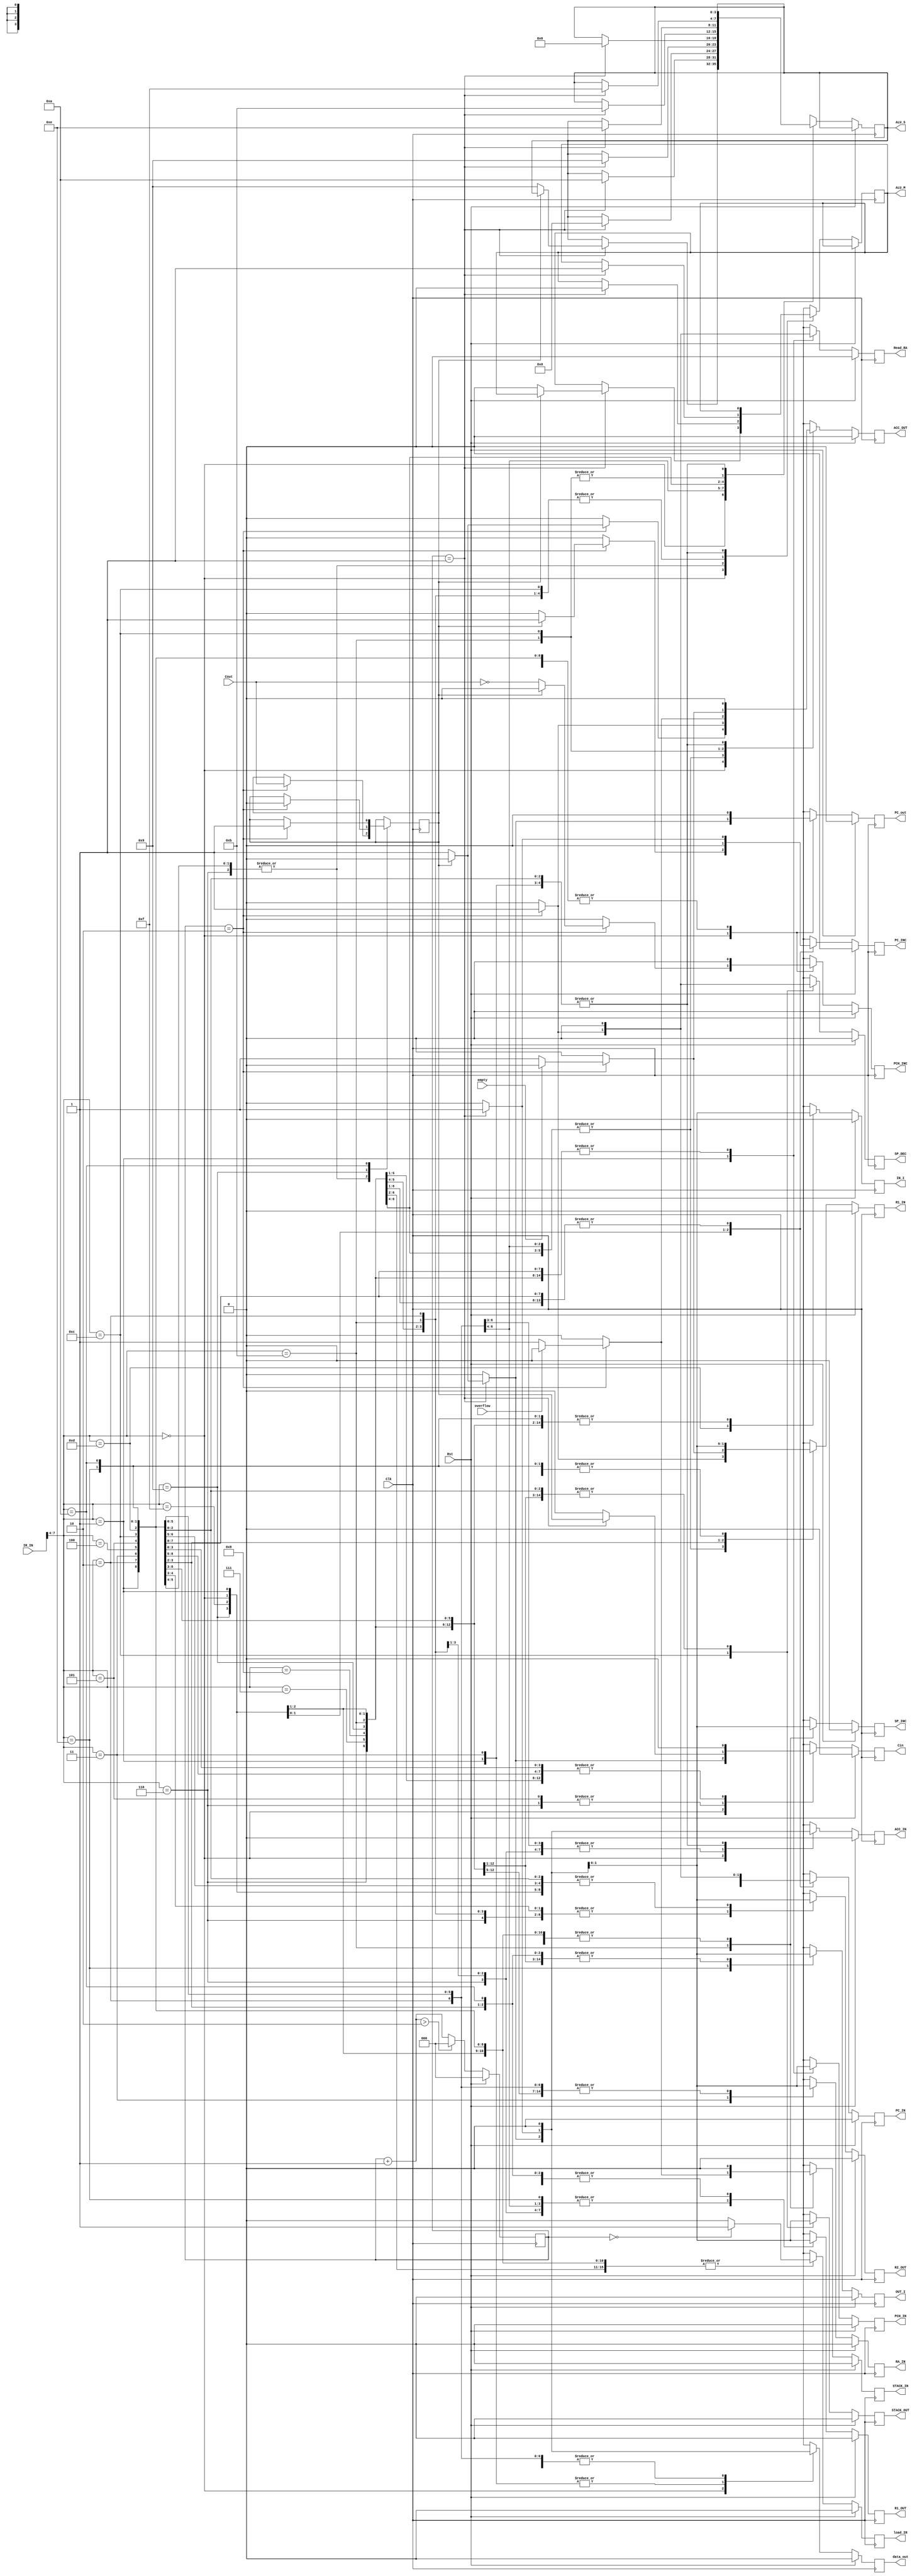
module CONTROL 
(
Clk,
Rst,
IR_IN,

ALU_S,		//Used for ALU Control
ALU_M,		//Used for ALU Control

load_IR,  //strobe to load into IR
data_out, //strobe for data to be outputted from SRAM
PC_out,   //strobe for output of Program Counter
//ADD_I,      //strobe telling ALU to add


ACC_OUT,  //strobe to move data to
PC_IN,    //strobe for Program counter in, lower bits
PCH_INC,  //strobe telling program counter to increment
Cout,     //value of Cout from ALU
Cin,		  //To Cin of ALU

PCH_IN,   //strobe for writing into higher bits of PC
Read_RA,     //strobe for reading sram to bus


ACC_IN,   //strobe for accumulator input
R1_IN,    //strobe for R1 in
RA_IN,    //strobe for reading into RA
//B_TO_ACC, //strobe for moving B to accumulator

R1_OUT,   //strobe for R1 out
//INC_I,      //strobe for doing INC in ALU

R2_OUT,   //strobe for R2 out
//AND_I,    //strobe for doing AND in ALU
//AND_I,    //strobe for doing AND in ALU

//SUB_I,      //strobe for doing SUB in ALU


//A_TO_ACC, //strobe to move A to accum

SP_INC,   //strobe for increment stackpointer
SP_DEC,   //strobe for decrement stackpointer
STACK_IN, //strobe for stack input

STACK_OUT,//strobe for stack output

IN_I,       //strobe for IN
OUT_I,      //strobe for OUT

PC_INC,  //strobe for increment the PC

overflow,
empty    //inputs for stack's status

);
  
  // parameters for the OPCODES
  parameter JC = 0;
  parameter JMP = 1;
  parameter MOV = 2;
  parameter MVI = 3;
  parameter INC = 4;
  parameter ADD = 5;
  parameter SUB = 6;
  parameter AND = 7;
  parameter OR  = 8;
  parameter SC  = 9;
  parameter CC  = 10;
  parameter PUSH = 11;
  parameter POP = 12;
  parameter IN  = 13;
  parameter OUT = 14;
  parameter NOP = 15;


  //regs
  reg CY = 1;
    
  // inputs & outputs
  
  input Clk, Rst;
  input [7:0] IR_IN;
  reg [2:0] step_counter = 0;
  input Cout;
  input overflow,empty;
  
  output reg [3:0] ALU_S;
  
  output reg load_IR,data_out,PC_out,ACC_OUT,PC_IN,PCH_INC,PCH_IN,Read_RA,ACC_IN,
          R1_IN,RA_IN,R1_OUT,R2_OUT,SP_INC,SP_DEC,
          STACK_IN,STACK_OUT,IN_I,OUT_I,PC_INC,Cin,ALU_M;
  
  
  always@(posedge Clk)begin
    
    // zero everything
    load_IR=0;
    data_out=0;
    PC_out=0;
    //ADD_I=0;
    ACC_OUT=0;
    PC_IN=0;
    PCH_INC=0;
    PCH_IN=0;
    Read_RA=0;
    ACC_IN=0;
    R1_IN=0;
    RA_IN=0;
    //B_TO_ACC=0;
    R1_OUT=0;
    //INC_I=0;
    R2_OUT=0;
    //SUB_I=0;
    //A_TO_ACC=0;
    SP_INC=0;
    SP_DEC=0;   
    STACK_IN=0;
    STACK_OUT=0;
    IN_I=0;
    OUT_I=0;
    PC_INC=0;
    //AND_I=0;
    Cin = 0;
    
    if(Rst==1)begin
      step_counter =0;
    end
    else begin
      
    case(IR_IN[7:4])
      JC: begin //Carry might want to be set to HIGH to prevent an addition of 1
        case(step_counter)
          0:load_IR = 1;
          1:begin
            if(CY == 0) begin
              data_out =1;
              PC_out = 1;
              //ADD_I <=1;
              //ADD ALU
              ALU_S = 4'b1001;
              ALU_M = 0;
              ACC_IN =1;
              Cin=1;
            end
          end
          2:begin
            if(CY == 0) begin
              ACC_OUT=1;
              PC_IN=1;
              PCH_INC=~Cout;
            end
            else PC_INC=1;
          end
        endcase
      end    
      JMP:begin
        case(step_counter)
          0:load_IR =1;
          1:begin
            data_out=1;
            PCH_IN=1;
          end
          2:begin
            Read_RA=1;
            PC_IN=1;
          end
        endcase
      end
      MOV:begin
        case(step_counter)
          0:load_IR=1;
          1:begin
            PC_INC=1;
            ACC_IN=1;
            R2_OUT=1;
            //B_TO_ACC<=1; 
            //B = F in ALU
            ALU_S = 4'b1010;
            R1_OUT= 1; //DEBUG, see if ALU needs two inputs for F = B
            ALU_M = 1;
          end
          2:begin
            R1_IN=1;
            ACC_OUT=1;
          end
        endcase
      end
      MVI:begin
        case(step_counter)
          0:load_IR=1;
          1:begin
            PC_INC=1;
            RA_IN=1;
            data_out=1;
          end
        endcase
      end
      INC:begin //Note: Carry must be set to LOW before this instruction to work
        case(step_counter)
          0:load_IR=1;
          1:begin
            PC_INC=1;
            R1_OUT=1;
            ACC_IN=1;
            //INC_I<=1;
            //ALU INC
            ALU_S = 4'b0000; //DEBUG WAS b0000
            ALU_M = 0;
            //R2_OUT = 1; //FOR ALU //DEBUG
            Cin = 0;
          end
          2:begin
            R1_IN=1;
            ACC_OUT=1;
          end
        endcase
      end
      ADD:begin
        case(step_counter)
          0:load_IR=1;
          1:begin
            R1_OUT=1;
            R2_OUT=1;
            ACC_IN=1;
            //ADD_I<=1;
            //ALU ADD
            ALU_S = 4'b1001;
            ALU_M = 0;
            Cin = CY;
            PC_INC=1;
          end
          2:begin
            ACC_OUT=1;
            R1_IN=1;
          end
        endcase
      end
      SUB:begin
        case(step_counter)
          0:load_IR=1;
          1:begin
            R1_OUT=1;
            R2_OUT=1;
            ACC_IN=1;
            //SUB_I<=1;
            //ALU SUB
            ALU_S = 4'b0110;
            ALU_M = 0;
            Cin = CY;
            PC_INC=1;
          end
          2:begin
            ACC_OUT=1;
            R1_IN=1;
          end
        endcase  
      end
      AND:begin
        case(step_counter)
          0:load_IR=1;
          1:begin
            R1_OUT=1;
            R2_OUT=1;
            ACC_IN=1;
            //AND_I<=1;
            //ALU AND
            ALU_S = 4'b1011;
            ALU_M = 1;
            PC_INC=1;
          end
          2:begin
            ACC_OUT=1;
            R1_IN=1;
          end
        endcase
      end
      OR:begin
        case(step_counter)
          0:load_IR=1;
          1:begin
            R1_OUT=1;
            R2_OUT=1;
            ACC_IN=1;
            //OR_I<=1;
            //ALU OR
            ALU_S = 4'b1110;
            ALU_M = 1;
            PC_INC=1;
          end
          2:begin
            ACC_OUT=1;
            R1_IN=1;
          end
        endcase
      end
      SC:begin
        case(step_counter)
          0:load_IR=1;
          1:begin
            //CY<=0;
            PC_INC=1;
          end
        endcase
      end
      CC:begin
        case(step_counter)
          0:load_IR=1;
          1:begin
            //CY<=1;
            PC_INC=1;
          end
        endcase
      end
      PUSH:begin
        case(step_counter)
          0:load_IR=1;
          1:begin
            R1_OUT=1;
            ACC_IN=1;
            //A_TO_ACC<=1; 
            //ALU A = F
            ALU_S = 4'b1111;
            ALU_M = 1;
            R2_OUT = 1; //FOR ALU
            PC_INC=1;
            SP_INC=1;
          end
          2:
          if(overflow==0)begin
            ACC_OUT=1;
            STACK_IN=1;
          end
        endcase
      end
      POP:begin
        case(step_counter)
          0:load_IR=1;
          1:begin
            STACK_OUT=1;
            ACC_IN=1;
            //A_TO_ACC<=1;
            //ALU A = F
            ALU_S = 4'b1111;
            ALU_M = 1;
            R2_OUT = 1; //FOR ALU
            PC_INC=1;
          end
          2:begin
            SP_DEC=1;
            if(empty==0)begin
              ACC_OUT=1;
              R1_IN=1;
            end
          end
          
        endcase
      
      end
      IN:begin
        case(step_counter) 
          0:load_IR=1;
          1:begin
            IN_I=1;
            R1_IN=1;
            PC_INC=1;
          end
        endcase
      end
      OUT:begin
        case(step_counter)
          0:load_IR=1;
          1:begin
            OUT_I=1;
            R1_OUT=1;
            PC_INC=1;
          end
        endcase
      end
      NOP:begin
        case(step_counter)
          0:load_IR=1;
          1:PC_INC=1;
        endcase
      end
      default:load_IR=1;
      
  endcase
  
  
  step_counter=step_counter+1;
  if(step_counter >2)
    step_counter=0;
     
     
  end   
  end //end the always@
  
  //STUB : 
  //update carry on neg-edge 
  
  always@(negedge Clk)begin
	case(IR_IN[7:4])
	INC:begin
		case(step_counter)
		2:CY=Cout;
		endcase
	end
	ADD:begin
		case(step_counter)
		2:CY=Cout;
		endcase
	end
	SUB:begin
		case(step_counter)
		2:CY=Cout;
		endcase
	end
	SC:begin
        case(step_counter)
          2:CY=0;
        endcase
      end
  CC:begin
        case(step_counter)
          2:CY=1;
        endcase
      end
	endcase
  
  end
  
endmodule